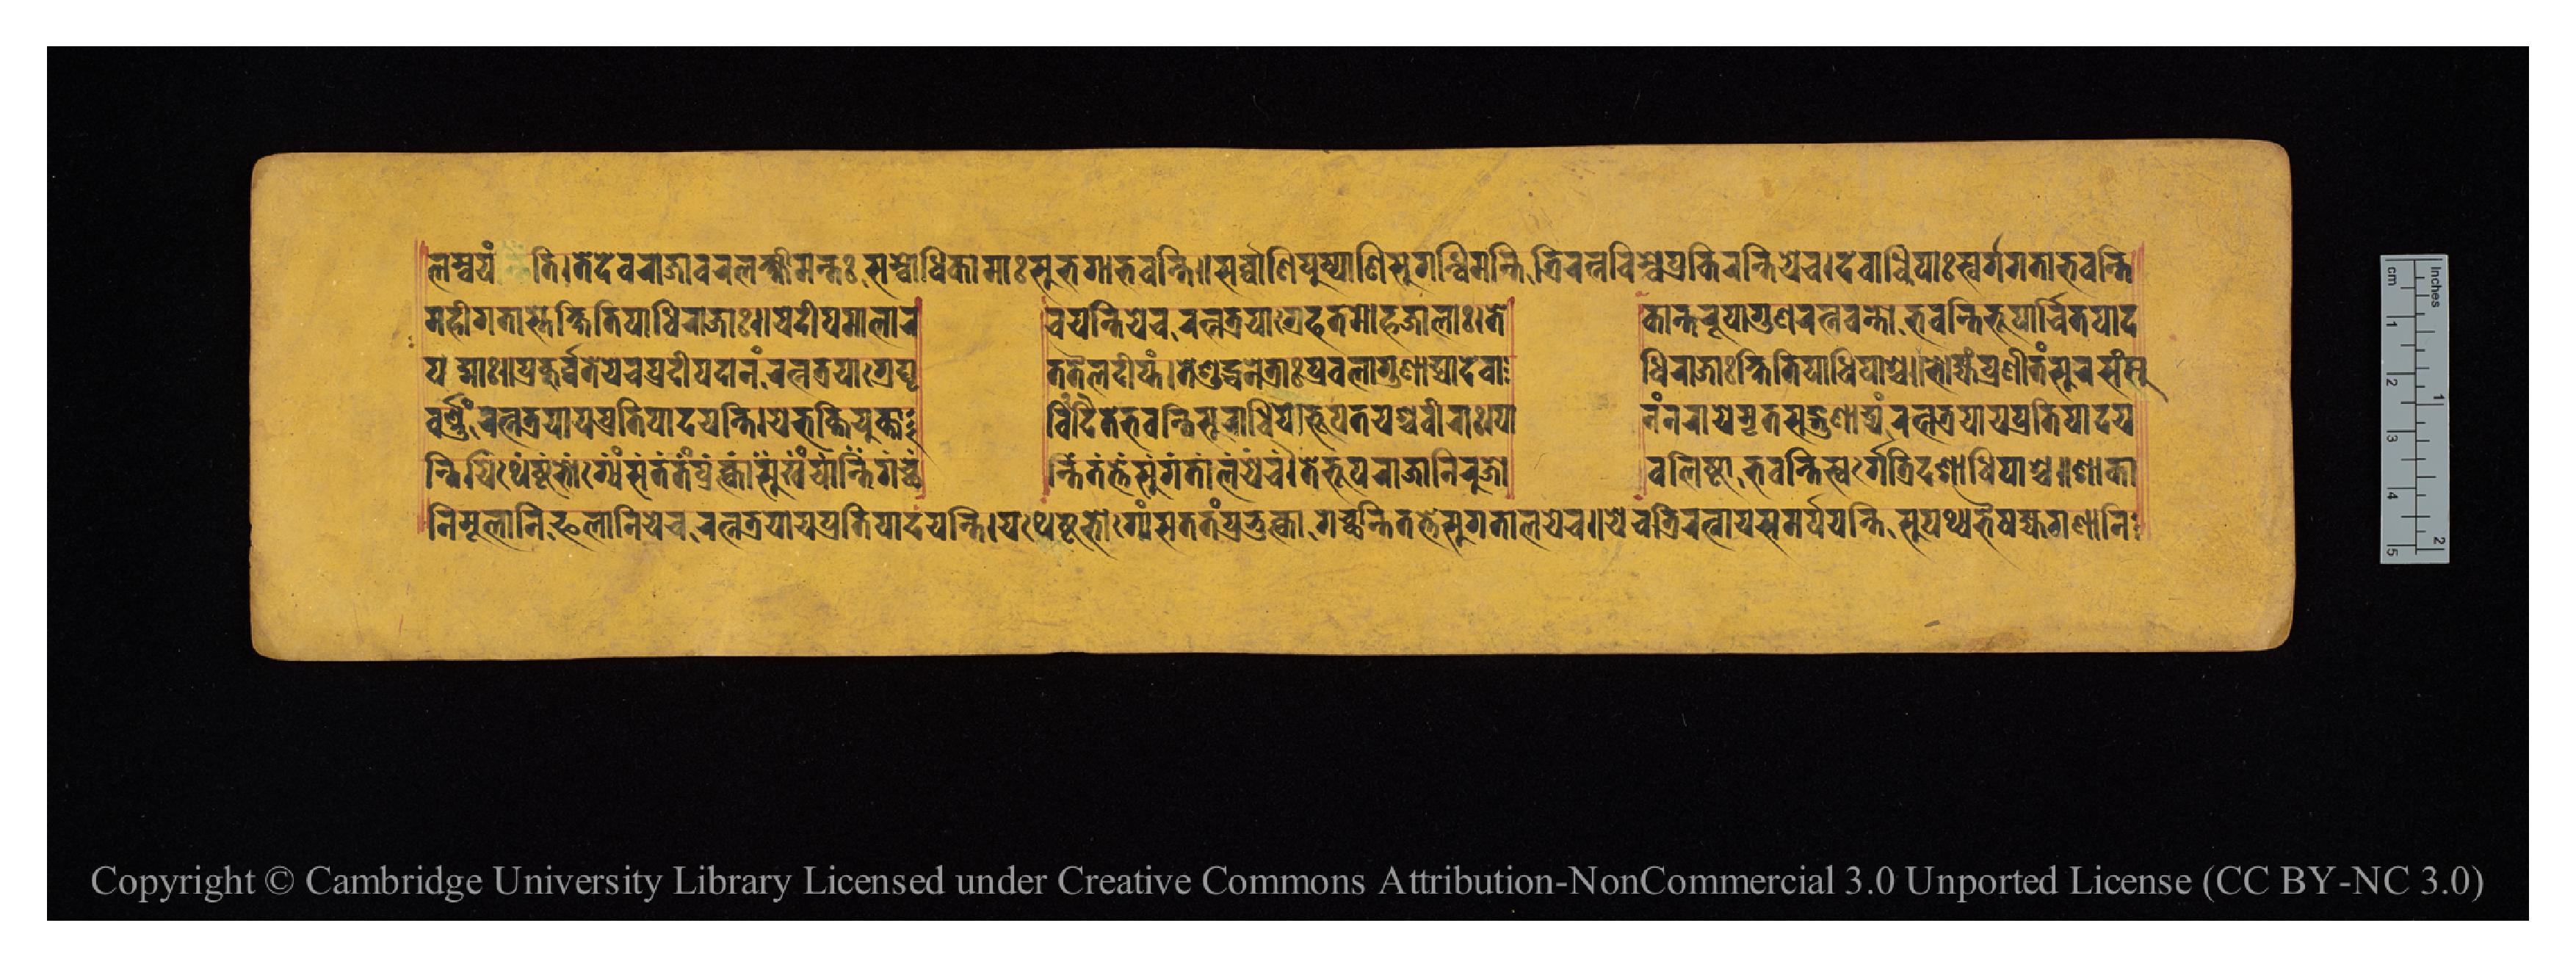
𑐮𑐩𑑂𑐧𑐫𑐣𑑂𑐟𑐶𑑋𑐟𑐾𑐡𑐾𑐰𑐬𑐵𑐖𑐵𑐰𑐬𑐮𑐎𑑂𑐲𑑂𑐩𑐷𑐩𑐣𑑂𑐟𑑅𑐳𑑄𑐧𑑀𑐢𑐶𑐎𑐵𑐩𑐵𑑅𑐳𑐸𑐨𑐐𑐵𑐨𑐰𑐣𑑂𑐟𑐶𑑌𑐳𑐬𑑂𑐰𑐵𑐞𑐶𑐥𑐸𑐲𑑂𑐥𑐵𑐞𑐶𑐳𑐸𑐐𑐣𑑂𑐢𑐶𑐩𑐣𑑂𑐟𑐶𑐟𑑂𑐬𑐶𑐬𑐟𑑂𑐣𑐧𑐶𑐩𑑂𑐧𑐾𑐥𑑂𑐬𑐎𑐶𑐬𑐣𑑂𑐟𑐶𑐫𑐾𑐔𑑋𑐡𑐾𑐰𑐵𑐢𑐶𑐥𑐵𑑅𑐳𑑂𑐰𑐬𑑂𑐐𑐐𑐟𑐵𑐨𑐰𑐣𑑂𑐟𑐶 𑐩𑐴𑐷𑐐𑐟𑐵𑐳𑑂𑐟𑐾𑐎𑑂𑐲𑐶𑐟𑐶𑐥𑐵𑐢𑐶𑐬𑐵𑐖𑐵𑑅𑑋𑐫𑐾𑐡𑐷𑐥𑐩𑐵𑐮𑐵𑐬 𑐔𑐫𑐣𑑂𑐟𑐶𑐫𑐾𑐔𑐬𑐟𑑂𑐣𑐟𑑂𑐬𑐫𑐵𑐐𑑂𑐬𑐾𑐴𑐟𑐩𑑀𑐴𑐖𑐵𑐮𑐵𑑅𑑋𑐟𑐾 𑐎𑐵𑐣𑑂𑐟𑐬𑐸𑐥𑐵𑐐𑐸𑐞𑐬𑐟𑑂𑐣𑐰𑐣𑑂𑐟𑑀𑐨𑐰𑐣𑑂𑐟𑐶𑐨𑐹𑐥𑐵𑐬𑑂𑐔𑐶𑐟𑐥𑐵𑐡 𑐥𑐡𑑂𑐩𑐵𑑅𑑌𑐥𑑂𑐬𑐎𑐸𑐬𑑂𑐰𑐟𑐾𑐫𑐾𑐔𑐥𑑂𑐬𑐡𑐷𑐥𑐡𑐵𑐣𑑄𑐬𑐟𑑂𑐣𑐟𑑂𑐬𑐫𑐵𑐐𑑂𑐬𑐾𑐑𑐺 𑐟𑐟𑐿𑐮𑐡𑐷𑐥𑑂𑐟𑑄𑑋𑐟𑐾𑐱𑐸𑐡𑑂𑐢𑐣𑐾𑐟𑑂𑐬𑐵𑑅𑐥𑑂𑐬𑐧𑐮𑐵𑐐𑐸𑐞𑐵𑐝𑑂𑐫𑐵𑐡𑐾𑐰𑐵 𑐢𑐶𑐬𑐵𑐖𑐵𑑅𑐎𑑂𑐲𑐶𑐟𑐶𑐥𑐵𑐢𑐶𑐥𑐵𑐱𑑂𑐔𑑌𑐨𑑀𑐖𑑂𑐫𑑄𑐥𑑂𑐬𑐞𑐷𑐟𑑄𑐳𑐸𑐬𑐳𑑄𑐳𑐸 𑐣𑑂𑐟𑐶𑐫𑐶𑐠𑐾𑐲𑑂𑐚𑐟𑑀𑑅𑐐𑑂𑐫𑑄𑐳𑐟𑐟𑐑𑑂𑐬𑐎𑑂𑐟𑑂𑐰𑐵𑐳𑐹𑐏𑑄𑐫𑐵𑐣𑑂𑐟𑐶𑐐𑐔𑑂𑐕 𑐣𑑂𑐟𑐶𑐟𑐟𑑂𑐨𑐾𑐳𑐸𑐐𑐟𑐵𑐮𑐫𑐾𑐔𑑋𑐟𑐾𑐨𑐹𑐬𑐵𑐖𑐵𑐣𑐷𑐬𑐸𑐖𑑀 𑐧𑐮𑐶𑐲𑑂𑐛𑐵𑐨𑐰𑐣𑑂𑐟𑐶𑐳𑑂𑐰𑐬𑑂𑐐𑐾𑐟𑑂𑐬𑐶𑐡𑐶𑐱𑐵𑐢𑐶𑐥𑐵𑐱𑑂𑐔𑑌𑐱𑐵𑐎𑐵 𑐰𑐬𑑂𑐞𑑄𑐬𑐟𑑂𑐣𑐟𑑂𑐬𑐫𑐵𑐫𑐥𑑂𑐬𑐟𑐶𑐥𑐵𑐡𑐫𑐣𑑂𑐟𑐶𑑋𑐫𑐾𑐨𑐎𑑂𑐟𑐶𑐫𑐸𑐎𑑂𑐟𑐵 𑐡𑐶𑐰𑐶𑐟𑐾𑐨𑐰𑐣𑑂𑐟𑐶𑐳𑐸𑐬𑐵𑐢𑐶𑐥𑐵𑐨𑐹𑐟𑐥𑐫𑐱𑑂𑐔𑐢𑐷𑐬𑐵𑑅𑑋𑐥𑐵 𑐣𑑄𑐣𑐬𑐵𑐫𑐾𑐩𑐺𑐟𑐳𑐡𑑂𑐐𑐸𑐞𑐵𑐝𑑂𑐫𑑄𑐬𑐟𑑂𑐣𑐟𑑂𑐬𑐫𑐵𑐫𑐥𑑂𑐬𑐟𑐶𑐥𑐵𑐡𑐫 𑐣𑐶𑐩𑐹𑐮𑐵𑐣𑐶𑐦𑑆𑐮𑐵𑐣𑐶𑐫𑐾𑐔𑐬𑐟𑑂𑐣𑐟𑑂𑐬𑐫𑐵𑐫𑐥𑑂𑐬𑐟𑐶𑐥𑐵𑐡𑐫𑐣𑑂𑐟𑐶𑑋𑐫𑐠𑐾𑐲𑑂𑐚𑐨𑑀𑐐𑑂𑐫𑑄𑐳𑐟𑐟𑑄𑐥𑑂𑐬𑐨𑐸𑐎𑑂𑐟𑑂𑐰𑐵𑐐𑐔𑑂𑐕𑐣𑑂𑐟𑐶𑐟𑐟𑑂𑐟𑐾𑐳𑐸𑐐𑐟𑐵𑐮𑐫𑐾𑐔𑑌𑐫𑐾𑐔𑐟𑑂𑐬𑐶𑐬𑐟𑑂𑐣𑐵𑐫𑐳𑐩𑐬𑑂𑐥𑐫𑐣𑑂𑐟𑐶𑐳𑐸𑐥𑐠𑑂𑐫𑐨𑐿𑐲𑐖𑑂𑐫𑐐𑐞𑐵𑐣𑐶